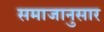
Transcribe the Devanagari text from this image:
समाजानुसार